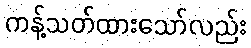
ကန့်သတ်ထားသော်လည်း